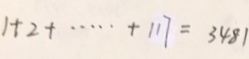
1 + 2 + \cdots + 1 1 7 = 3 4 8 1